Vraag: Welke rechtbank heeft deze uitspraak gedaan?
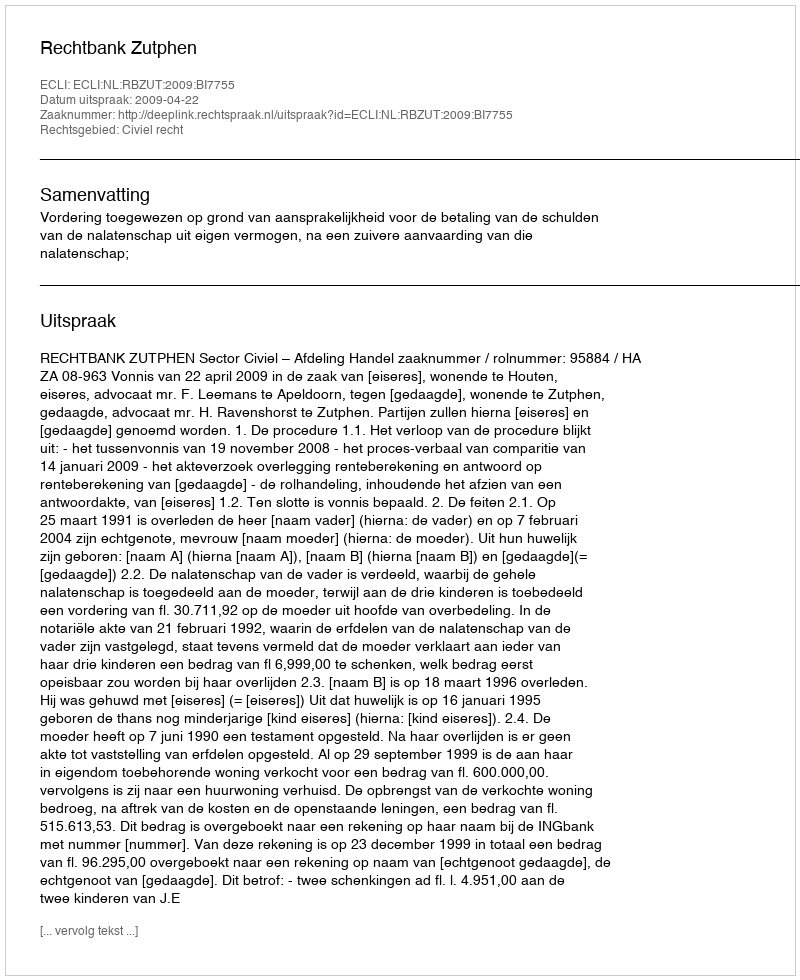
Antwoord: Rechtbank Zutphen